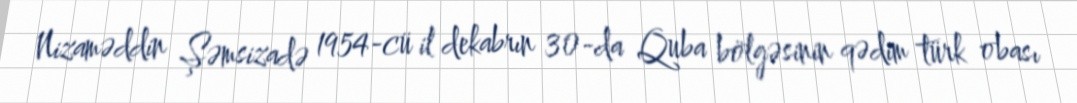
Nizaməddin Şəmsizadə 1954-cü il dekabrın 30-da Quba bölgəsinin qədim türk obası